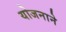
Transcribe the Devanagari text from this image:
योजनाने